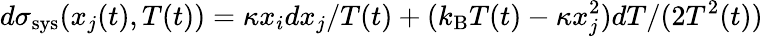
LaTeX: d\sigma_{\mathrm{sys}}(x_{j}(t),T(t))=\kappa x_{i}dx_{j}/T(t)+(k_{\mathrm{B}}T(t)-\kappa x_{j}^{2})dT/(2T^{2}(t))